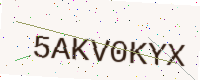
Text: 5AKV0KYX